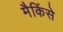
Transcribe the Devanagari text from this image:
मैकिंसे